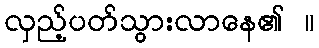
လှည့်ပတ်သွားလာနေ၏ ။